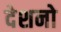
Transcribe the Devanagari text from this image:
देशनो